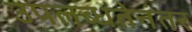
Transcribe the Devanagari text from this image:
उपलब्धतेनंतर